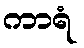
ကာရံ